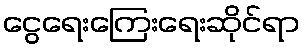
ငွေရေးကြေးရေးဆိုင်ရာ